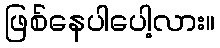
ဖြစ်နေပါပေါ့လား။